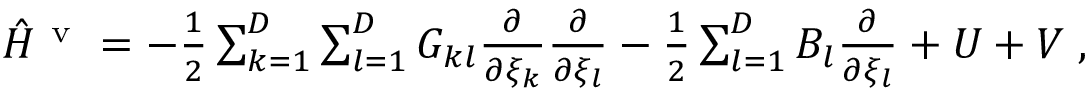
\begin{array} { r } { \hat { H } ^ { \mathrm { ~ v ~ } } = - \frac { 1 } { 2 } \sum _ { k = 1 } ^ { D } \sum _ { l = 1 } ^ { D } G _ { k l } \frac { \partial } { \partial \xi _ { k } } \frac { \partial } { \partial \xi _ { l } } - \frac { 1 } { 2 } \sum _ { l = 1 } ^ { D } B _ { l } \frac { \partial } { \partial \xi _ { l } } + U + V \; , } \end{array}